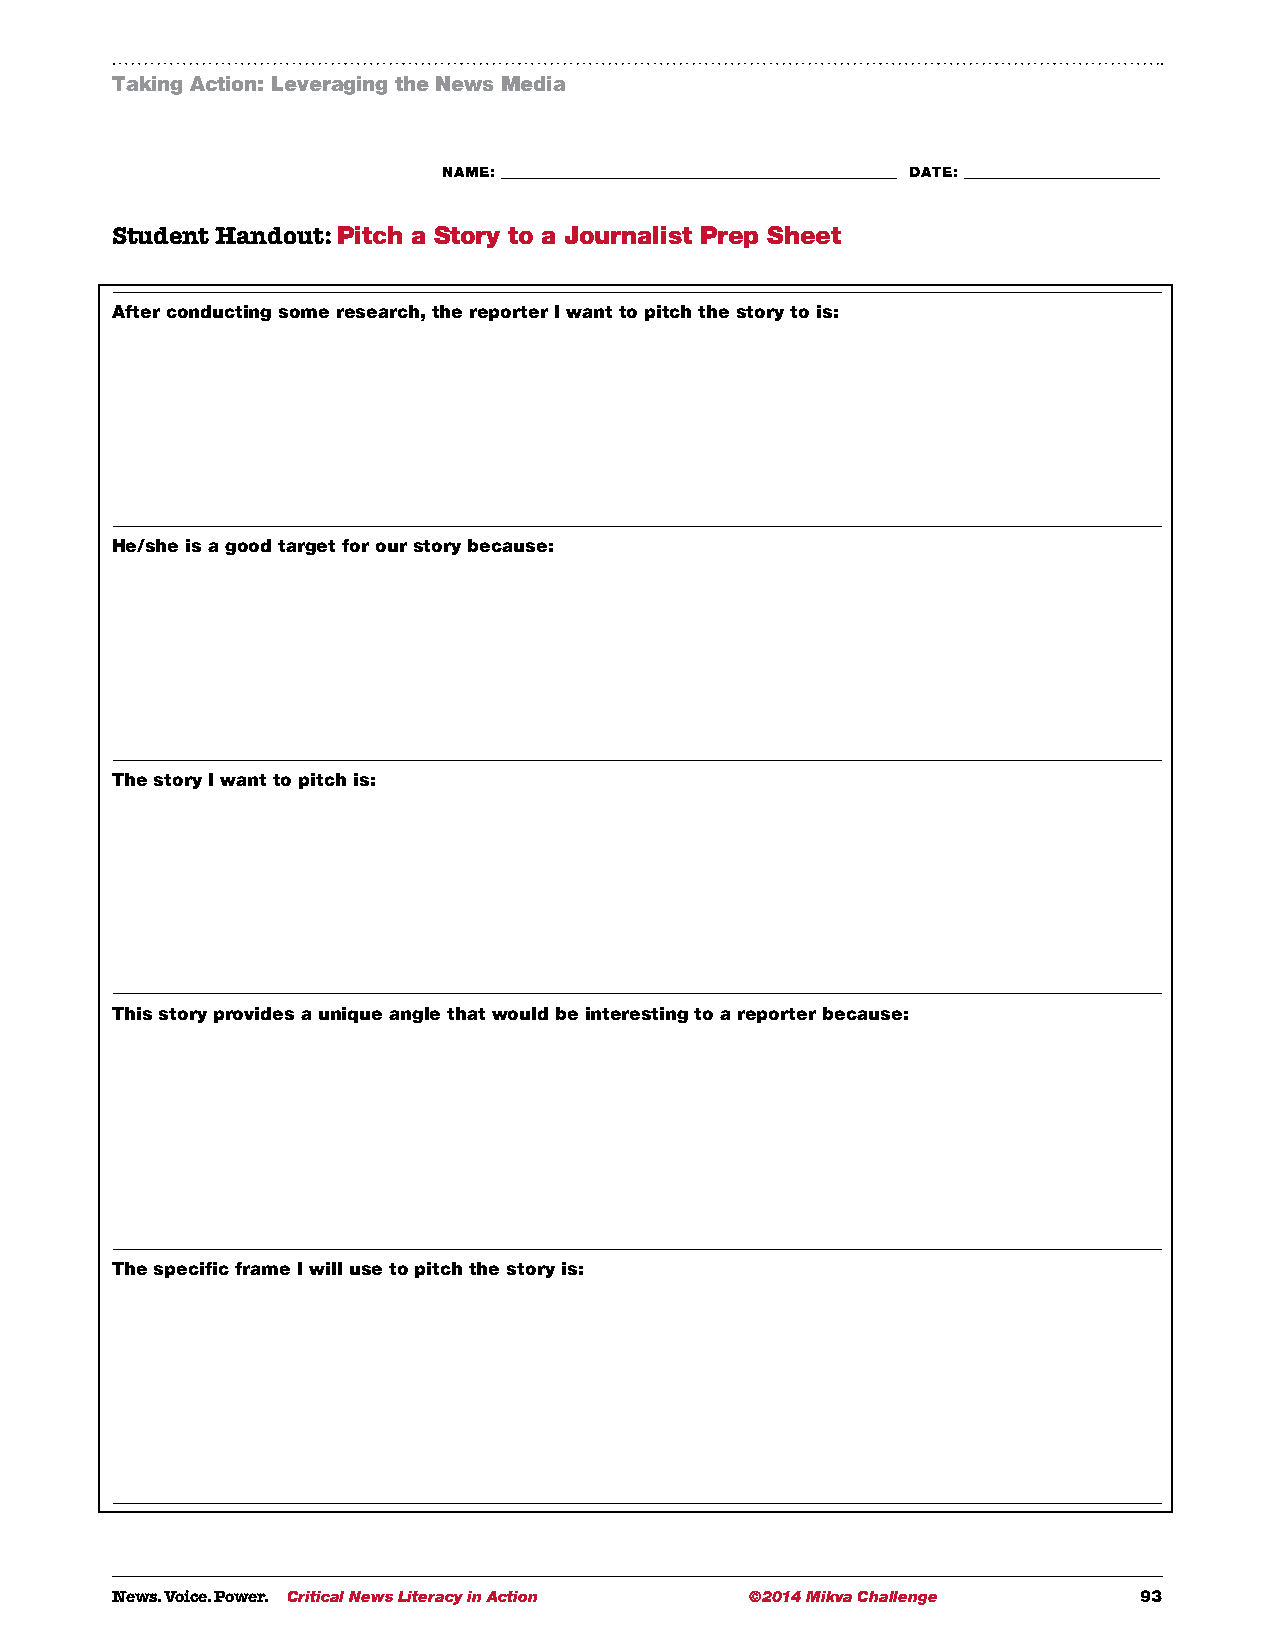
Taking Action: Leveraging the News Media
 NAME: ___________________________________________________________ DATE: _____________________________
 Student Handout: Pitch a Story to a Journalist Prep Sheet
 After conducting some research, the reporter I want to pitch the story to is:
 He/she is a good target for our story because:
 The story I want to pitch is:
 This story provides a unique angle that would be interesting to a reporter because:
 The specific frame I will use to pitch the story is:
 News. Voice. Power. Critical News Literacy in Action ©2014 Mikva Challenge 93